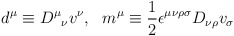
\begin{align*}d^\mu \equiv {D^\mu}_\nu v^\nu , ~~m^\mu\equiv {1\over 2}\epsilon^{\mu\nu\rho\sigma} D_{\nu\rho}v_\sigma\end{align*}